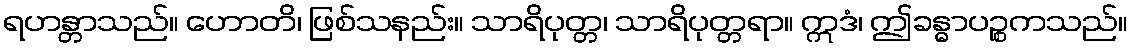
ရဟန္တာသည်။ ဟောတိ၊ ဖြစ်သနည်း။ သာရိပုတ္တ၊ သာရိပုတ္တရာ။ ဣဒံ၊ ဤခန္ဓာပဉ္စကသည်။